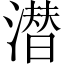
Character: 潜